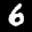
Label: 6